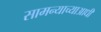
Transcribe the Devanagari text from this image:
सामन्याच्याआधी